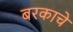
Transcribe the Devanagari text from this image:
बरकाचे